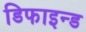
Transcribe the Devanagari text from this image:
डिफाइन्ड